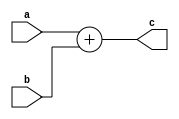
`timescale 1ns / 1ps
//////////////////////////////////////////////////////////////////////////////////
// Company: 
// Engineer: 
// 
// Design Name: 
// Module Name: half_adder_16bit
// Project Name: 
// Target Devices: 
// Tool Versions: 
// Description: 
// 
// Dependencies: 
// 
// Revision:
// Revision 0.01 - File Created
// Additional Comments:
// 
//////////////////////////////////////////////////////////////////////////////////


module half_adder_16bit(
    input [15:0] a,
    input [15:0] b,
    output [15:0] c
    );
    assign c=a+b;
endmodule